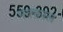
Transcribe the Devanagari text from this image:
नक़्क़ाल